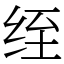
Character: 绖